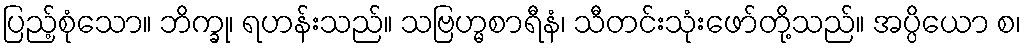
ပြည့်စုံသော။ ဘိက္ခု၊ ရဟန်းသည်။ သဗြဟ္မစာရီနံ၊ သီတင်းသုံးဖော်တို့သည်။ အပ္ပိယော စ၊